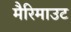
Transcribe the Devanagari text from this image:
मैरिमाउट